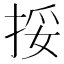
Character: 挼